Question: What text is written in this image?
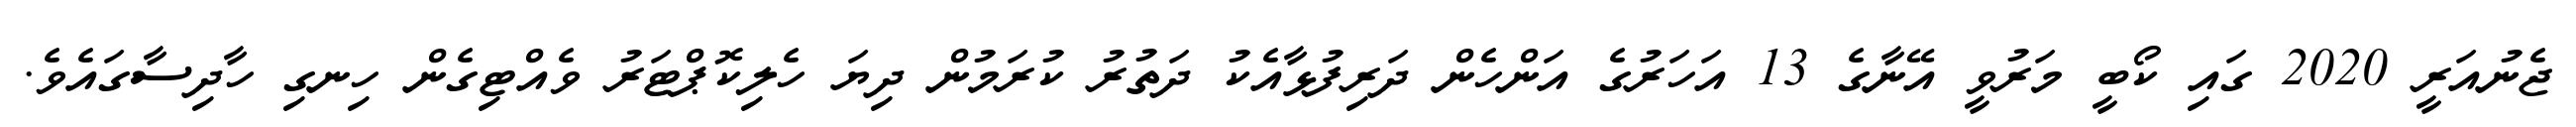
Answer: ޖެނުއަރީ 2020 ގައި ކޯބީ މަރުވީ އޭނާގެ 13 އަހަރުގެ އަންހެން ދަރިފުޅާއެކު ދަތުރު ކުރަމުން ދިޔަ ހެލިކޮޕްޓަރު ވެއްޓިގެން ހިނގި ހާދިސާގައެވެ.